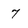
Character: 7